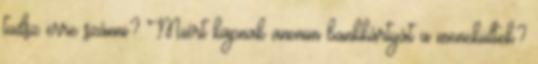
tudsz erre szánni? Miért kapnak anonim bankkártyát a menekültek?